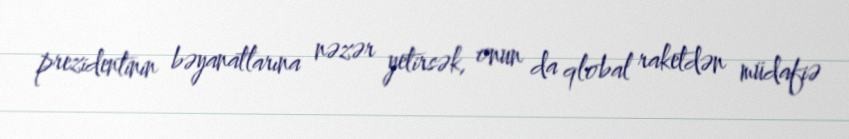
prezidentinin bəyanatlarına nəzər yetirsək, onun da qlobal raketdən müdafiə